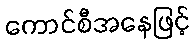
ကောင်စီအနေဖြင့်